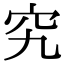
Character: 究